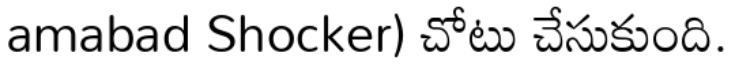
amabad Shocker) చోటు చేసుకుంది.